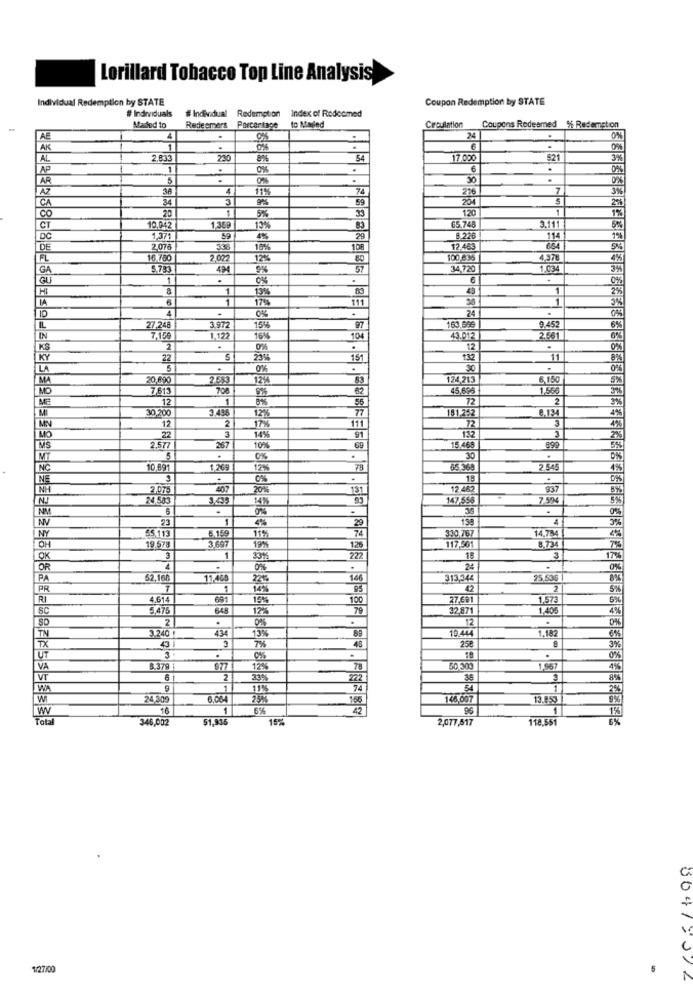
Lorillard Tobacco Top Line Analysis
Individual Redemption by STATE
Coupon Redemption by STATE
Redemption
Index of Redeemed
# Individuals
# Individual
Croutation
Maled to
Redeemers
Porcontage
to Mailed
Coupons Redeemed % Redemption
AE
4
24
0%
AK
.
.
.
0%
AL
2.833
230
8%
54
17.000
521
3%
AP
1
0%
6
AR
S
30
.
38
4
74
7
3%
34
3
59
204
CA
20
5%
33
120
00
CT
10,042
1369
83
65.748
3.111
DC
1.371
59
4%
29
8 226
114
DE
2.076
18%
108
12.463
654
FL
16,780
2.022
12%
100.836
4,976
GA
5.7.3
494
57
34,720
1.034
GU
1
.
.
0%
1
13%
83
45
1
170%
111
1
4
.
0%
-
24
IL
27/248
3.972
15%
97
163 G5€
9,452
IN
7.156
1.122
16%
104
43.012
2.561
KS
2
-
0%
12
.
KY
22
234
151
132
11
LA
5
.
0%
30
.
MA
20,690
2.583
12%
83
124,213
6.150
5%
MO
7.813
708
62
45,696
1,555
ME
12
1
8%
56
72
2
30 .200
3.496
12%
2
111
151262
8.134
3
MN
12
17%
91
132
72
MO
22
14%
2.577
267
10%
15.468
699
5%
5
.
.
30
INC
10,891
265
12%
78
65 369
2.545
4%
LINE
.
19
-
407
20%
131
12 462
937
8%
24 583
3.433
93
147,556
7.594
6
.
23
158
3%
6.159
29
74
330.767
14.784
NY
55.113
3697
11%
OH
19 578
19%
126
117,561
8,734
7%
OK
S
1
3312
222
15
3
17%
OR
4
0%
24
.
0%
PA
52,160
11.465
146
313,345
25,536 |
PR
1
149
5%%
RI
4.614
691
19%
100
27-691
1.573
6%
SC
5,47
648
122
79
32.871
1,405
4%
2
.
.
12
0%
3.240
13%
19.444
1.182
46
69
258
6%
TX
43
7%
3%
.
0%
.
.
0%
VA
B.379
12%
50,300
1,567
4%
VT
2
33%
36
WA
1
1
24,309
6.044
166
146.007
13.8.53
16
1
6%
Total
346,002
51,936
15%
2,077,517
118,551
1/27/00
00417312